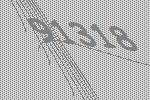
91318